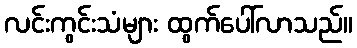
လင်းကွင်းသံများ ထွက်ပေါ်လာသည်။